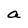
Character: a